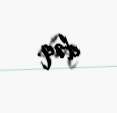
dəq.